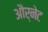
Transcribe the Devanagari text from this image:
और्नेट